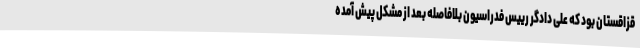
قزاقستان بود که علی دادگر رییس فدراسیون بلافاصله بعد از مشکل پیش آمده